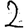
Digit: 2